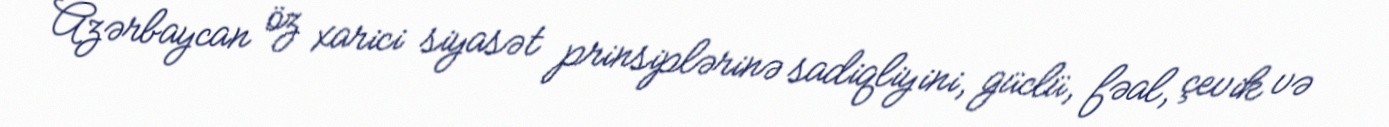
Azərbaycan öz xarici siyasət prinsiplərinə sadiqliyini, güclü, fəal, çevik və